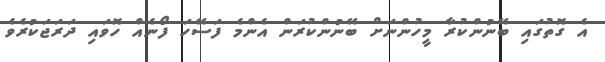
އެ ގޮތުގައި ބޭނުންކުރާ މީހުންނަށް ބޭނުންކުރަން އެންމެ ފަސޭހަ ފޯނެއް ހޮވައި ދަރަޖަކުރެވެ